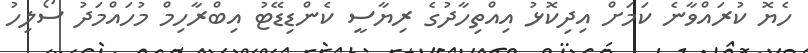
ހެޔޮ ކުރައްވާނެ ކަމަށް އިދިކޮޅު އިއްތިހާދުގެ ރިޔާސީ ކެންޑިޑޭޓު އިބްރާހިމް މުހައްމަދު ސޯލިހު